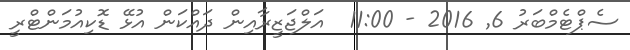
ސެޕްޓެމްބަރު 6